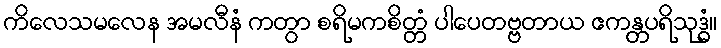
ကိလေသမလေန အမလီနံ ကတွာ စရိမကစိတ္တံ ပါပေတဗ္ဗတာယ ဧကန္တပရိသုဒ္ဓံ။